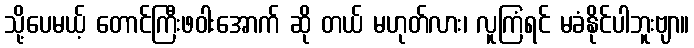
သို့ပေမယ့် တောင်ကြီးဖဝါးအောက် ဆို တယ် မဟုတ်လား၊ လူကြံရင် မခံနိုင်ပါဘူးဗျာ။